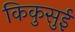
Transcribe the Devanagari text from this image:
किकुसुई